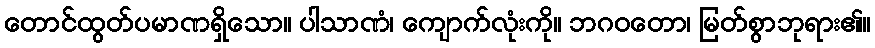
တောင်ထွတ်ပမာဏရှိသော။ ပါသာဏံ၊ ကျောက်လုံးကို။ ဘဂဝတော၊ မြတ်စွာဘုရား၏။